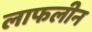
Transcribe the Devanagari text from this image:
लाफलीन